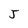
Character: J